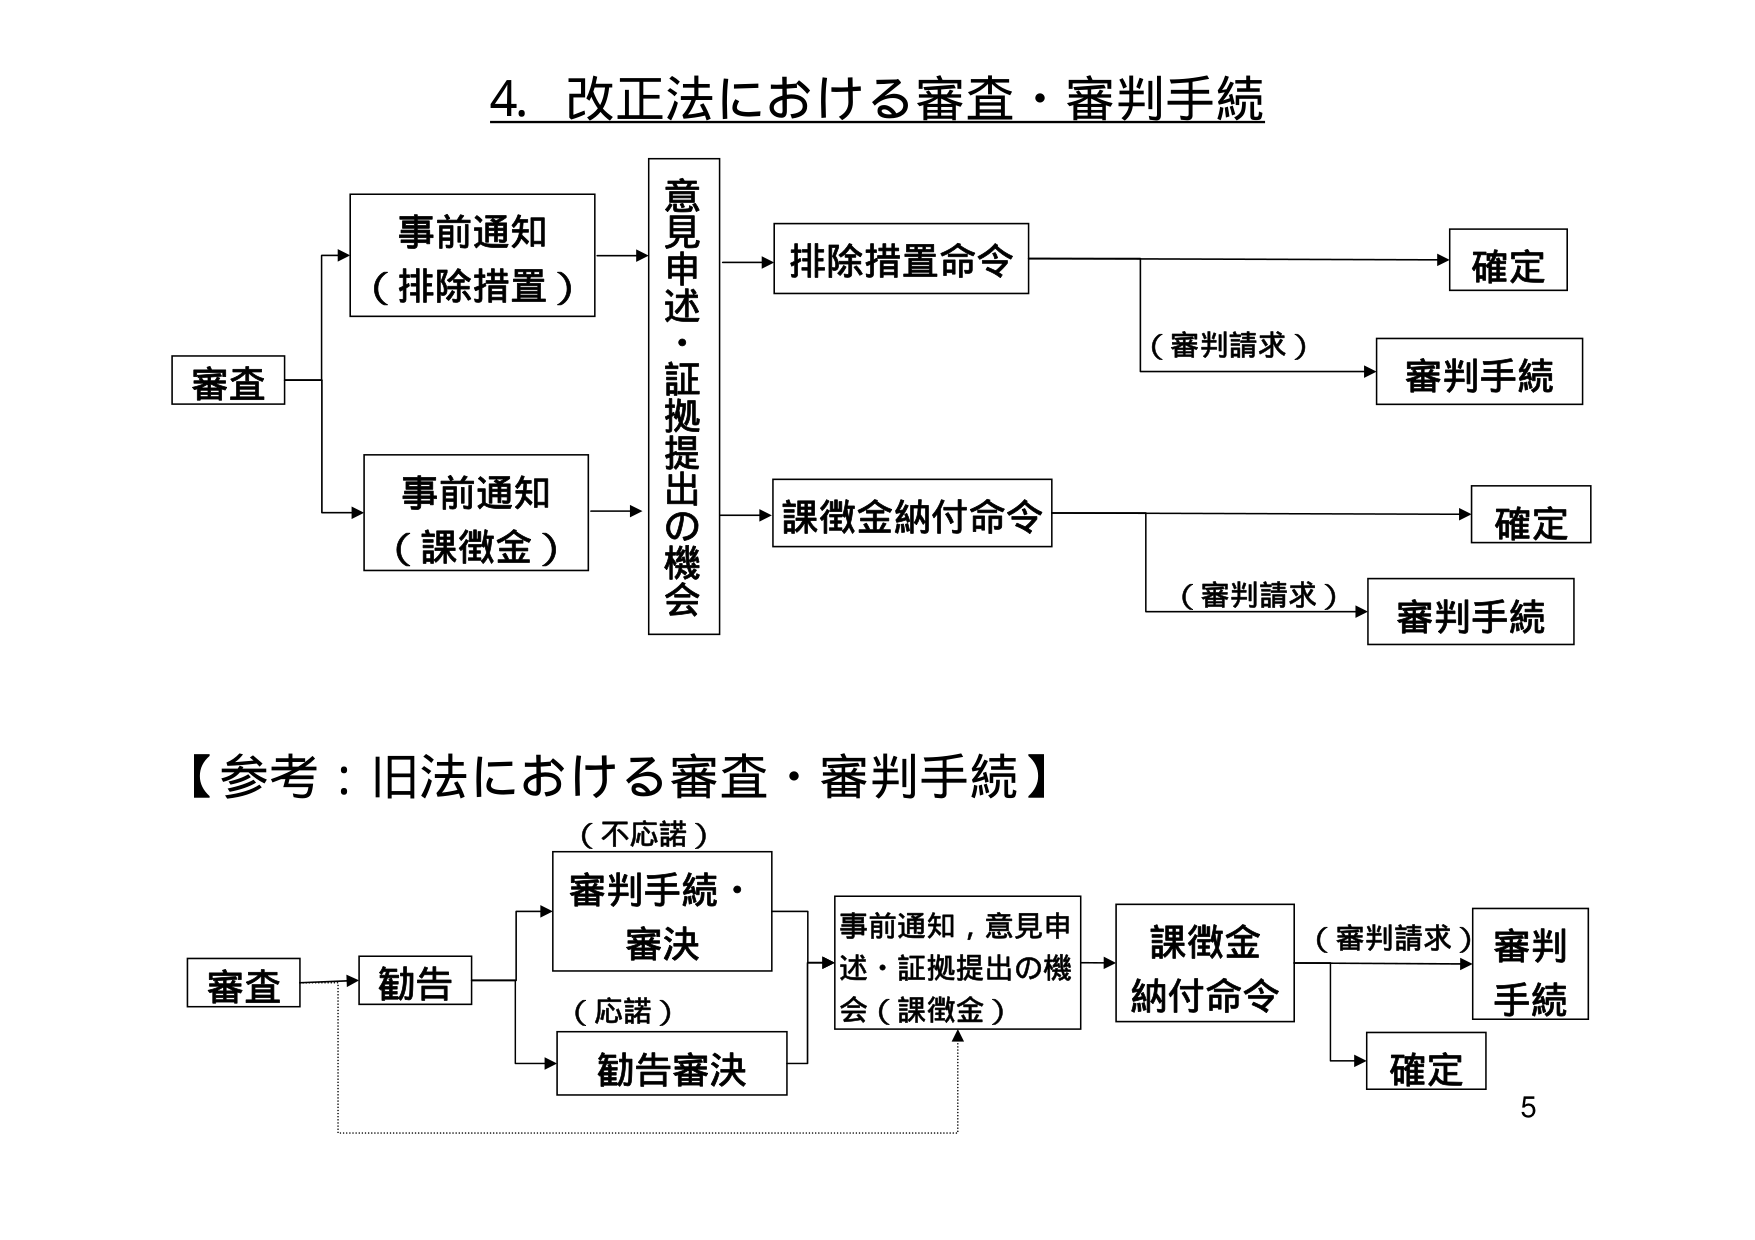
4. 改正法における審査・審判手続

審査
→ 事前通知（排除措置）
→ 事前通知（課徴金）

意見申述・証拠提出の機会
→ 排除措置命令 → 確定
　　（審判請求）→ 審判手続

→ 課徴金納付命令 → 確定
　　（審判請求）→ 審判手続

【参考：旧法における審査・審判手続】

審査 → 勧告
　　　　→ 審判手続・審決（不応諾）
　　　　→ 勧告審決（応諾）

→ 事前通知，意見申述・証拠提出の機会（課徴金）
→ 課徴金納付命令
　　（審判請求）→ 審判手続
　　→ 確定

5